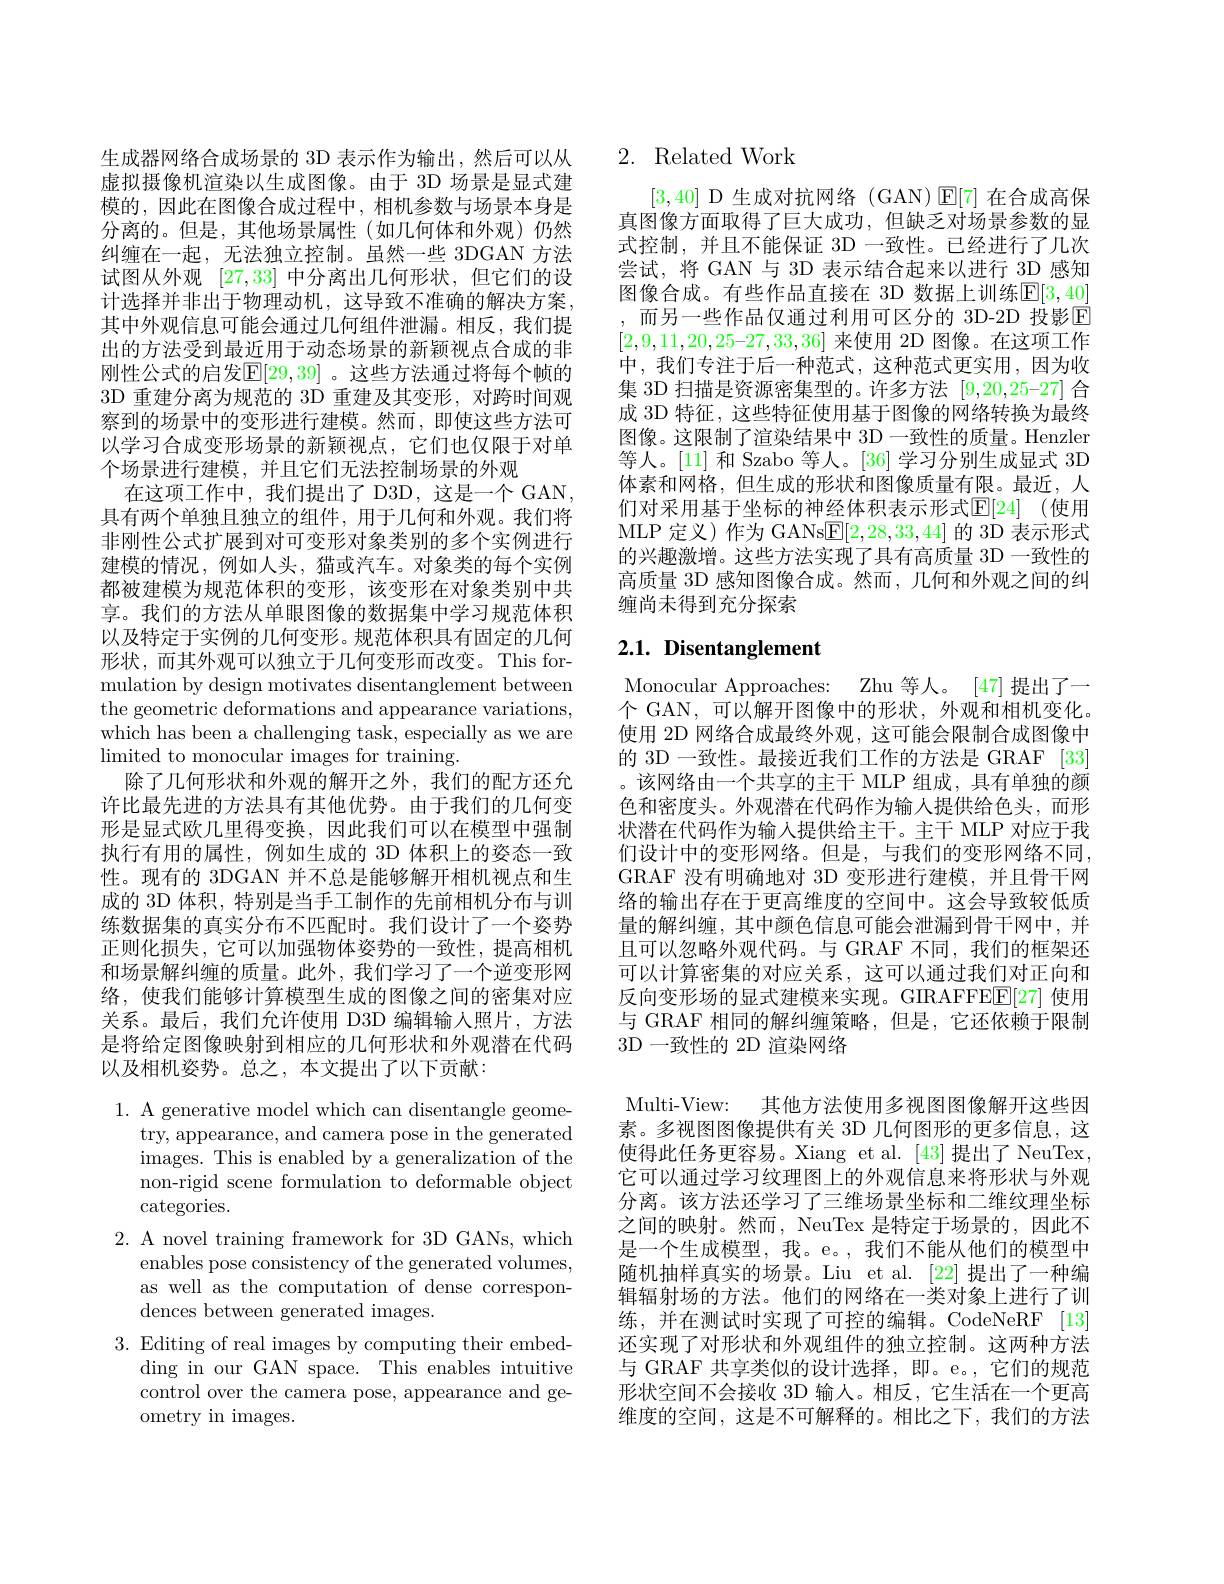
生成器网络合成场景的 3D 表示作为输出，然后可以从虚拟摄像机渲染以生成图像。由于 3D 场景是显式建模的，因此在图像合成过程中，相机参数与场景本身是分离的。但是，其他场景属性(如几何体和外观)仍然纠缠在一起，无法独立控制。虽然一些 3DGAN 方法试图从外观[27,33]中分离出几何形状，但它们的设计选择并非出于物理动机，这导致不准确的解决方案， 其中外观信息可能会通过几何组件泄漏。相反，我们提出的方法受到最近用于动态场景的新颖视点合成的非刚性公式的启发$\mathbb{E}[29,39]$ 。这些方法通过将每个帧的3D 重建分离为规范的 3D 重建及其变形，对跨时间观察到的场景中的变形进行建模。然而，即使这些方法可以学习合成变形场景的新颖视点，它们也仅限于对单个场景进行建模，并且它们无法控制场景的外观
在这项工作中，我们提出了 D3D,这是一个 GAN, 具有两个单独且独立的组件，用于几何和外观。我们将非刚性公式扩展到对可变形对象类别的多个实例进行建模的情况，例如人头，猫或汽车。对象类的每个实例都被建模为规范体积的变形，该变形在对象类别中共享。我们的方法从单眼图像的数据集中学习规范体积以及特定于实例的几何变形。规范体积具有固定的几何形状，而其外观可以独立于几何变形而改变。This formulation by design motivates disentanglement between the geometric deformations and appearance variations, which has been a challenging task, especially as we are limited to monocular images for training.
除了几何形状和外观的解开之外，我们的配方还允许比最先进的方法具有其他优势。由于我们的几何变形是显式欧几里得变换，因此我们可以在模型中强制执行有用的属性，例如生成的 3D 体积上的姿态一致性。现有的 3DGAN 并不总是能够解开相机视点和生成的 3D 体积，特别是当手工制作的先前相机分布与训练数据集的真实分布不匹配时。我们设计了一个姿势正则化损失，它可以加强物体姿势的一致性，提高相机和场景解纠缠的质量。此外，我们学习了一个逆变形网络，使我们能够计算模型生成的图像之间的密集对应关系。最后，我们允许使用 D3D 编辑输人照片，方法是将给定图像映射到相应的几何形状和外观潜在代码以及相机姿势。总之，本文提出了以下贡献：
1. A generative model which can disentangle geome-

try, appearance, and camera pose in the generated images. This is enabled by a generalization of the non-rigid scene formulation to deformable object categories.
2. A novel training framework for 3D GANs, which
enables pose consistency of the generated volumes, as well as the computation of dense correspondences between generated images.
3. Editing of real images by computing their embed-
ding in our GAN space. This enables intuitive control over the camera pose, appearance and geometry in images.

## 2. Related Work

[3,40] D 生成对抗网络 (GAN)$\boxed{\mathrm{E}}[7]$在合成高保真图像方面取得了巨大成功，但缺乏对场景参数的显式控制，并且不能保证 3D 一致性。已经进行了几次尝试，将 GAN 与 3D 表示结合起来以进行 3D 感知图像合成。有些作品直接在 3D 数据上训练$\mathbb{E}[3,40]$ , 而另一些作品仅通过利用可区分的 3D-2D 投影$\overline{\mathrm{E}}$ $[2,9,11,20,25–27,33,36]$来使用 2D 图像。在这项工作中，我们专注于后一种范式，这种范式更实用，因为收集 3D 扫描是资源密集型的。许多方法[9,20,25-27]合成 3D 特征，这些特征使用基于图像的网络转换为最终图像。这限制了渲染结果中 3D 一致性的质量。Henzler 等人。[11] 和 Szabo 等人。[36] 学习分别生成显式 3D 体素和网格，但生成的形状和图像质量有限。最近，人们对采用基于坐标的神经体积表示形式$\mathbb{E} [ 24]$ (使用MLP 定义)作为 GANs$\underline{\mathrm{E}}[2,28,33,44]$的 3D 表示形式的兴趣激增。这些方法实现了具有高质量 3D 一致性的高质量 3D 感知图像合成。然而，几何和外观之间的纠缠尚未得到充分探索

## $2. 1. \textbf{Disentanglement}$

Monocular Approaches: Zhu 等人。[47] 提出了一个 GAN,可以解开图像中的形状，外观和相机变化。使用 2D 网络合成最终外观，这可能会限制合成图像中的 3D 一致性。最接近我们工作的方法是 GRAF [33] 。该网络由一个共享的主干 MLP 组成，具有单独的颜色和密度头。外观潜在代码作为输入提供给色头，而形状潜在代码作为输入提供给主干。主干 MLP 对应于我们设计中的变形网络。但是，与我们的变形网络不同， GRAF 没有明确地对 3D 变形进行建模，并且骨干网络的输出存在于更高维度的空间中。这会导致较低质量的解纠缠，其中颜色信息可能会泄漏到骨干网中，并且可以忽略外观代码。与 GRAF 不同，我们的框架还可以计算密集的对应关系，这可以通过我们对正向和反向变形场的显式建模来实现。GIRAFFE[27] 使用与 GRAF 相同的解纠缠策略，但是，它还依赖于限制3D 一致性的 2D 渲染网络

Multi-View: 其他方法使用多视图图像解开这些因素。多视图图像提供有关 3D 几何图形的更多信息，这使得此任务更容易。Xiang et al.[43]提出了 NeuTex, 它可以通过学习纹理图上的外观信息来将形状与外观分离。该方法还学习了三维场景坐标和二维纹理坐标之间的映射。然而，NeuTex 是特定于场景的，因此不是一个生成模型，我。e。,我们不能从他们的模型中随机抽样真实的场景。Liu et al. [22] 提出了一种编辑辐射场的方法。他们的网络在一类对象上进行了训练，并在测试时实现了可控的编辑。CodeNeRF [13] 还实现了对形状和外观组件的独立控制。这两种方法与 GRAF 共享类似的设计选择，即。e。,它们的规范形状空间不会接收 3D 输入。相反，它生活在一个更高维度的空间，这是不可解释的。相比之下，我们的方法